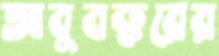
আবুবক্করের